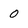
Character: o